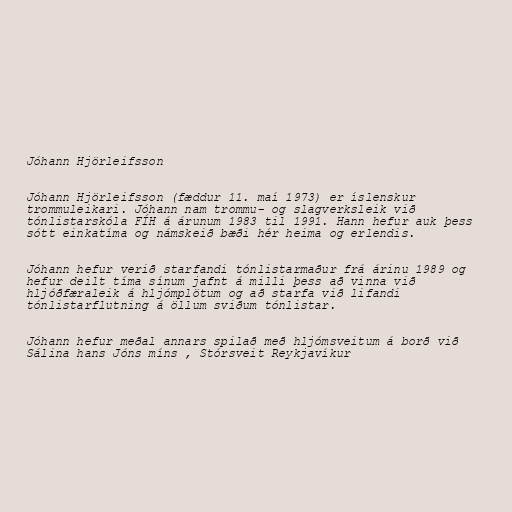
Jóhann Hjörleifsson

Jóhann Hjörleifsson (fæddur 11. maí 1973) er íslenskur
trommuleikari. Jóhann nam trommu- og slagverksleik við
tónlistarskóla FÍH á árunum 1983 til 1991. Hann hefur auk þess
sótt einkatíma og námskeið bæði hér heima og erlendis.

Jóhann hefur verið starfandi tónlistarmaður frá árinu 1989 og
hefur deilt tíma sínum jafnt á milli þess að vinna við
hljóðfæraleik á hljómplötum og að starfa við lifandi
tónlistarflutning á öllum sviðum tónlistar.

Jóhann hefur meðal annars spilað með hljómsveitum á borð við
Sálina hans Jóns míns , Stórsveit Reykjavíkur